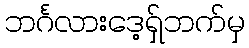
ဘင်္ဂလားဒေ့ရှ်ဘက်မှ